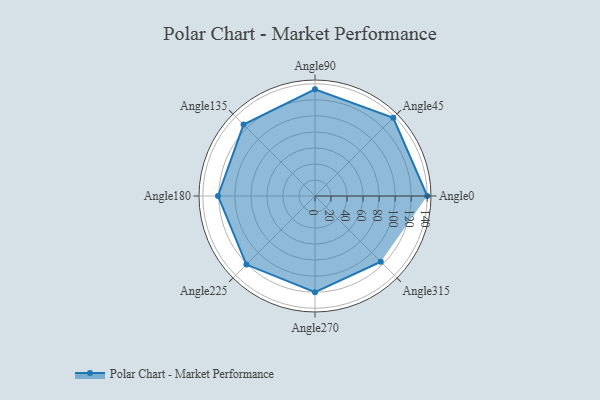
{"axis": {"x": "Angle", "y": "Radius"}, "legend": [""], "data": [{"x": "Angle0", "y": 140.0, "type": ""}, {"x": "Angle45", "y": 138.0, "type": ""}, {"x": "Angle90", "y": 133.0, "type": ""}, {"x": "Angle135", "y": 126.0, "type": ""}, {"x": "Angle180", "y": 121.0, "type": ""}, {"x": "Angle225", "y": 121.0, "type": ""}, {"x": "Angle270", "y": 120.0, "type": ""}, {"x": "Angle315", "y": 116.0, "type": ""}]}